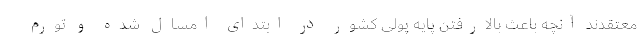
معتقدند آنچه باعث بالارفتن پایه پولی کشور در ابتدای امسال شده و تورم